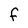
Character: F